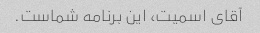
آقای اسمیت، این برنامه شماست.